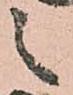
之